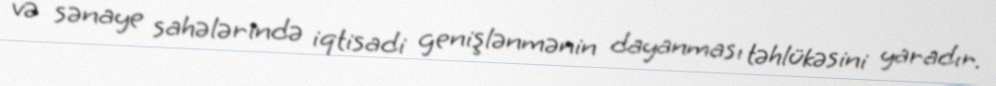
və sənaye sahələrində iqtisadi genişlənmənin dayanması təhlükəsini yaradır.